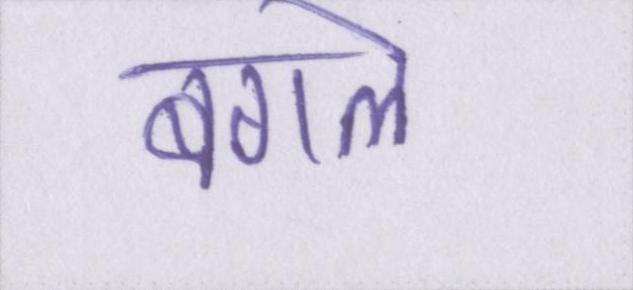
बगले